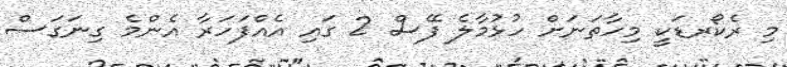
މި ރެކޯރޑަކީ މިހާތަނަށް ހުޅުމާލެ ފޭސް 2 ގައި އެއްފަހަރާ އެންމެ ގިނަގަސް